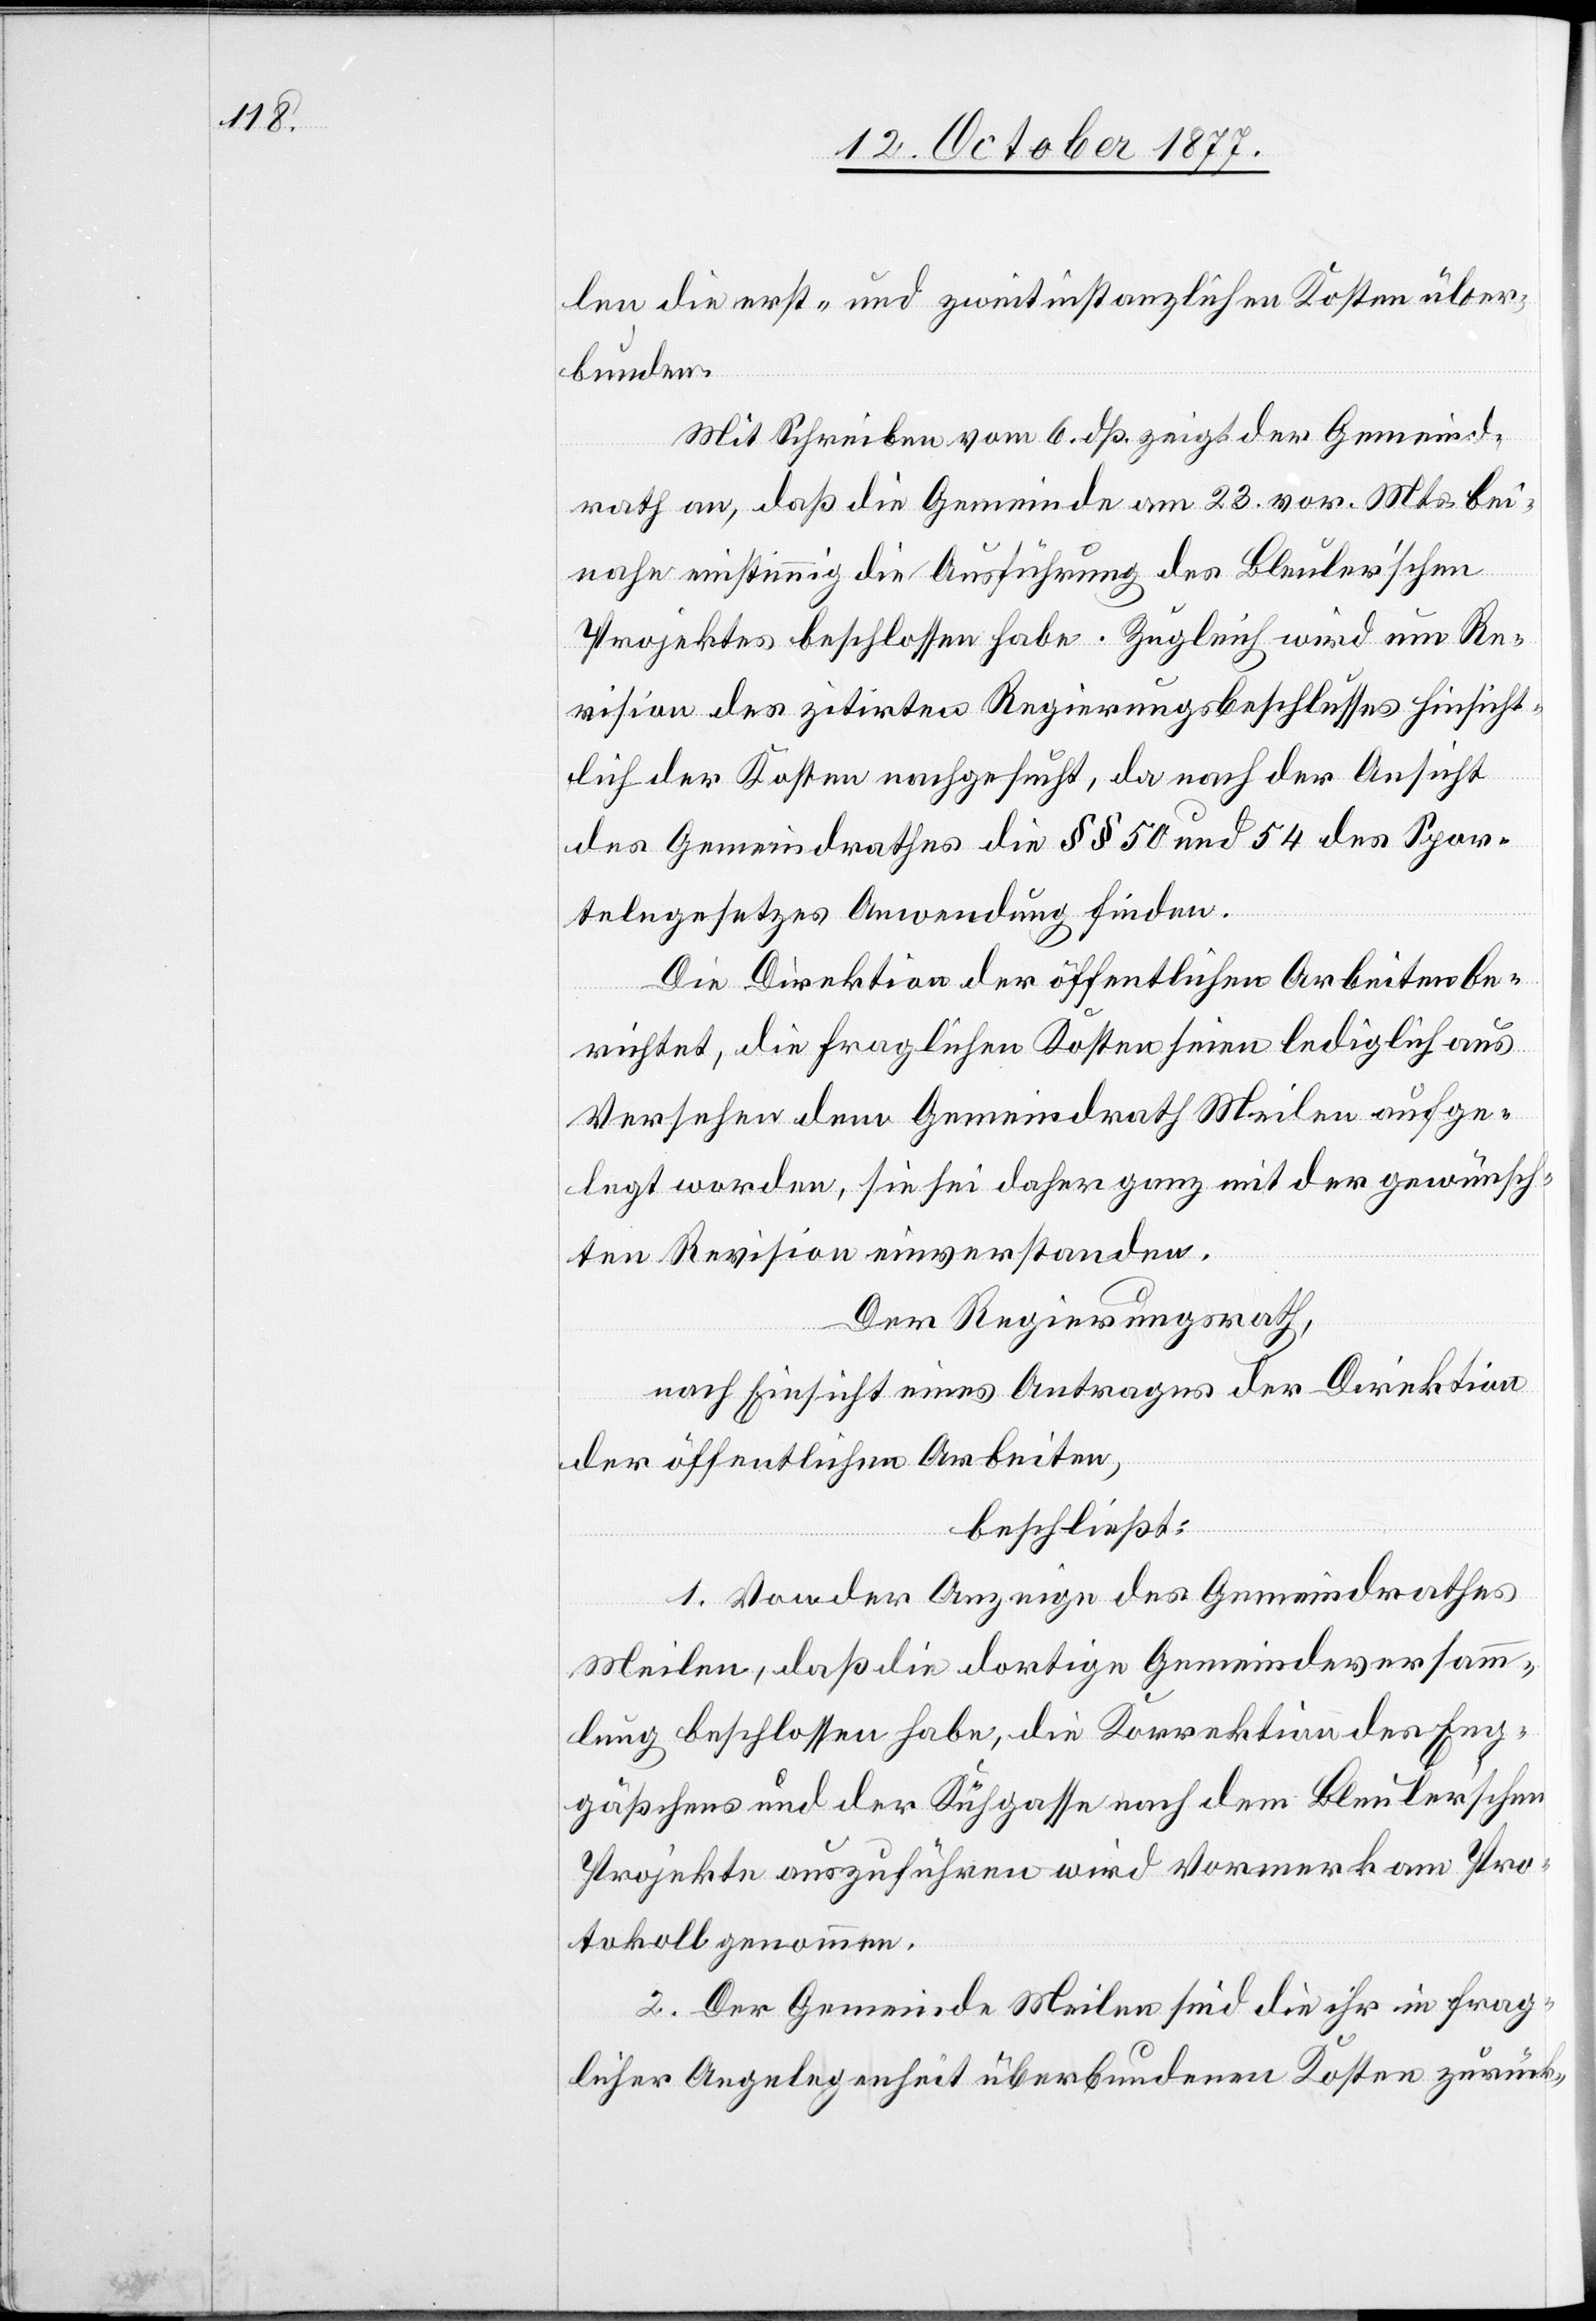
len die erst- und zweitinstanzlichen Kosten über¬
bunden.
Mit Schreiben vom 6. dß. zeigt der Gemeind¬
rath an, daß die Gemeinde am 23. vor. Mts. bei¬
nahe einstimmig die Ausführung des Bleuler’schen
Projektes beschlossen habe. Zugleich wird um Re¬
vision des zitirten Regierungsbeschlusses hinsicht¬
lich der Kosten nachgesucht, da nach der Ansicht
des Gemeindrathes die §§ 50 und 54 des Spor¬
telngesetzes Anwendung finden.
Die Direktion der öffentlichen Arbeiten be¬
richtet, die fraglichen Kosten seien lediglich aus
Versehen dem Gemeindrath Meilen aufge¬
legt worden, sie sei daher ganz mit der gewünsch¬
ten Revision einverstanden.
Der Regierungsrath,
nach Einsicht eines Antrages der Direktion
der öffentlichen Arbeiten,
beschließt:
1. Von der Anzeige des Gemeindrathes
Meilen, daß die dortige Gemeindeversamm¬
lung beschlossen habe, die Korrektion des Eng¬
gäßchens und der Kühgasse nach dem Bleuler’schen
Projekte auszuführen wird Vormerk am Pro¬
tokoll genommen.
2. Der Gemeinde Meilen sind die ihr in frag¬
licher Angelegenheit überbundenen Kosten zurück-